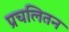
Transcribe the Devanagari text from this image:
प्रचलितन